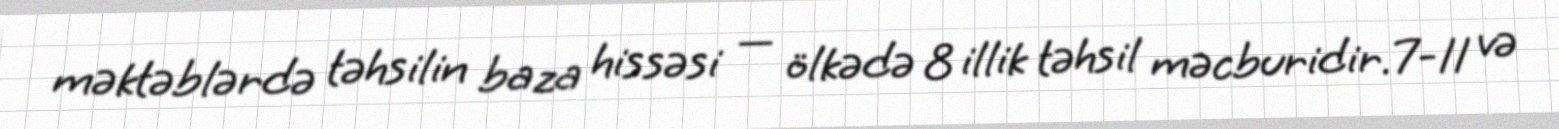
məktəblərdə təhsilin baza hissəsi — ölkədə 8 illik təhsil məcburidir.7-11 və